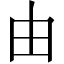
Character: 由